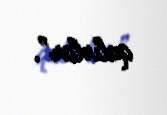
qalırlar”.